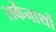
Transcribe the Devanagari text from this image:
सकेंनाथों